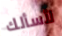
لأسألك